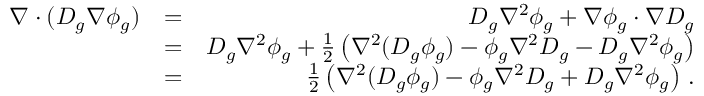
\begin{array} { r l r } { \nabla \cdot ( D _ { g } \nabla \phi _ { g } ) } & { = } & { D _ { g } \nabla ^ { 2 } \phi _ { g } + \nabla \phi _ { g } \cdot \nabla D _ { g } } \\ & { = } & { D _ { g } \nabla ^ { 2 } \phi _ { g } + \frac { 1 } { 2 } \left( \nabla ^ { 2 } ( D _ { g } \phi _ { g } ) - \phi _ { g } \nabla ^ { 2 } D _ { g } - D _ { g } \nabla ^ { 2 } \phi _ { g } \right) } \\ & { = } & { \frac { 1 } { 2 } \left( \nabla ^ { 2 } ( D _ { g } \phi _ { g } ) - \phi _ { g } \nabla ^ { 2 } D _ { g } + D _ { g } \nabla ^ { 2 } \phi _ { g } \right) \, . } \end{array}